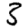
Digit: 3